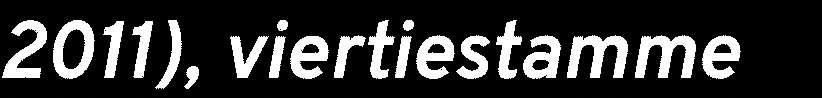
2011), viertiestamme